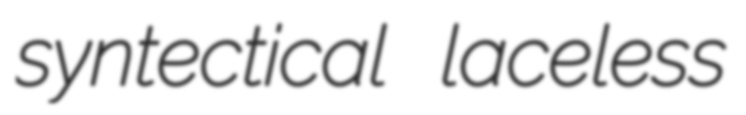
syntectical laceless